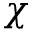
\chi